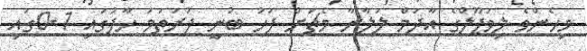
މިހެންވެ ލިވަޕޫލްގެ އާދަމް ލަލާނާ މެޗަށް ފަހު ބުނީ ފުރަތަމަ ހާފުގައި 1-0ގައި